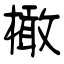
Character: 橄